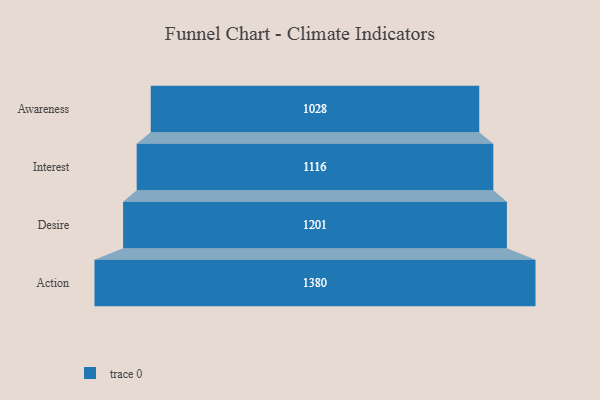
{"axis": {"x": "Stage", "y": "Value"}, "legend": [""], "data": [{"x": "Awareness", "y": 1028.0, "type": ""}, {"x": "Interest", "y": 1116.0, "type": ""}, {"x": "Desire", "y": 1201.0, "type": ""}, {"x": "Action", "y": 1380.0, "type": ""}]}